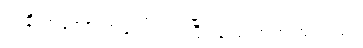
တချို့ကတော့ အပေါ်ကပါးပြီး အောက်က ထူသည်။